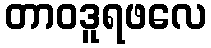
တာဝဒူရဖလေ